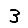
Digit: 3